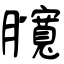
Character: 臗